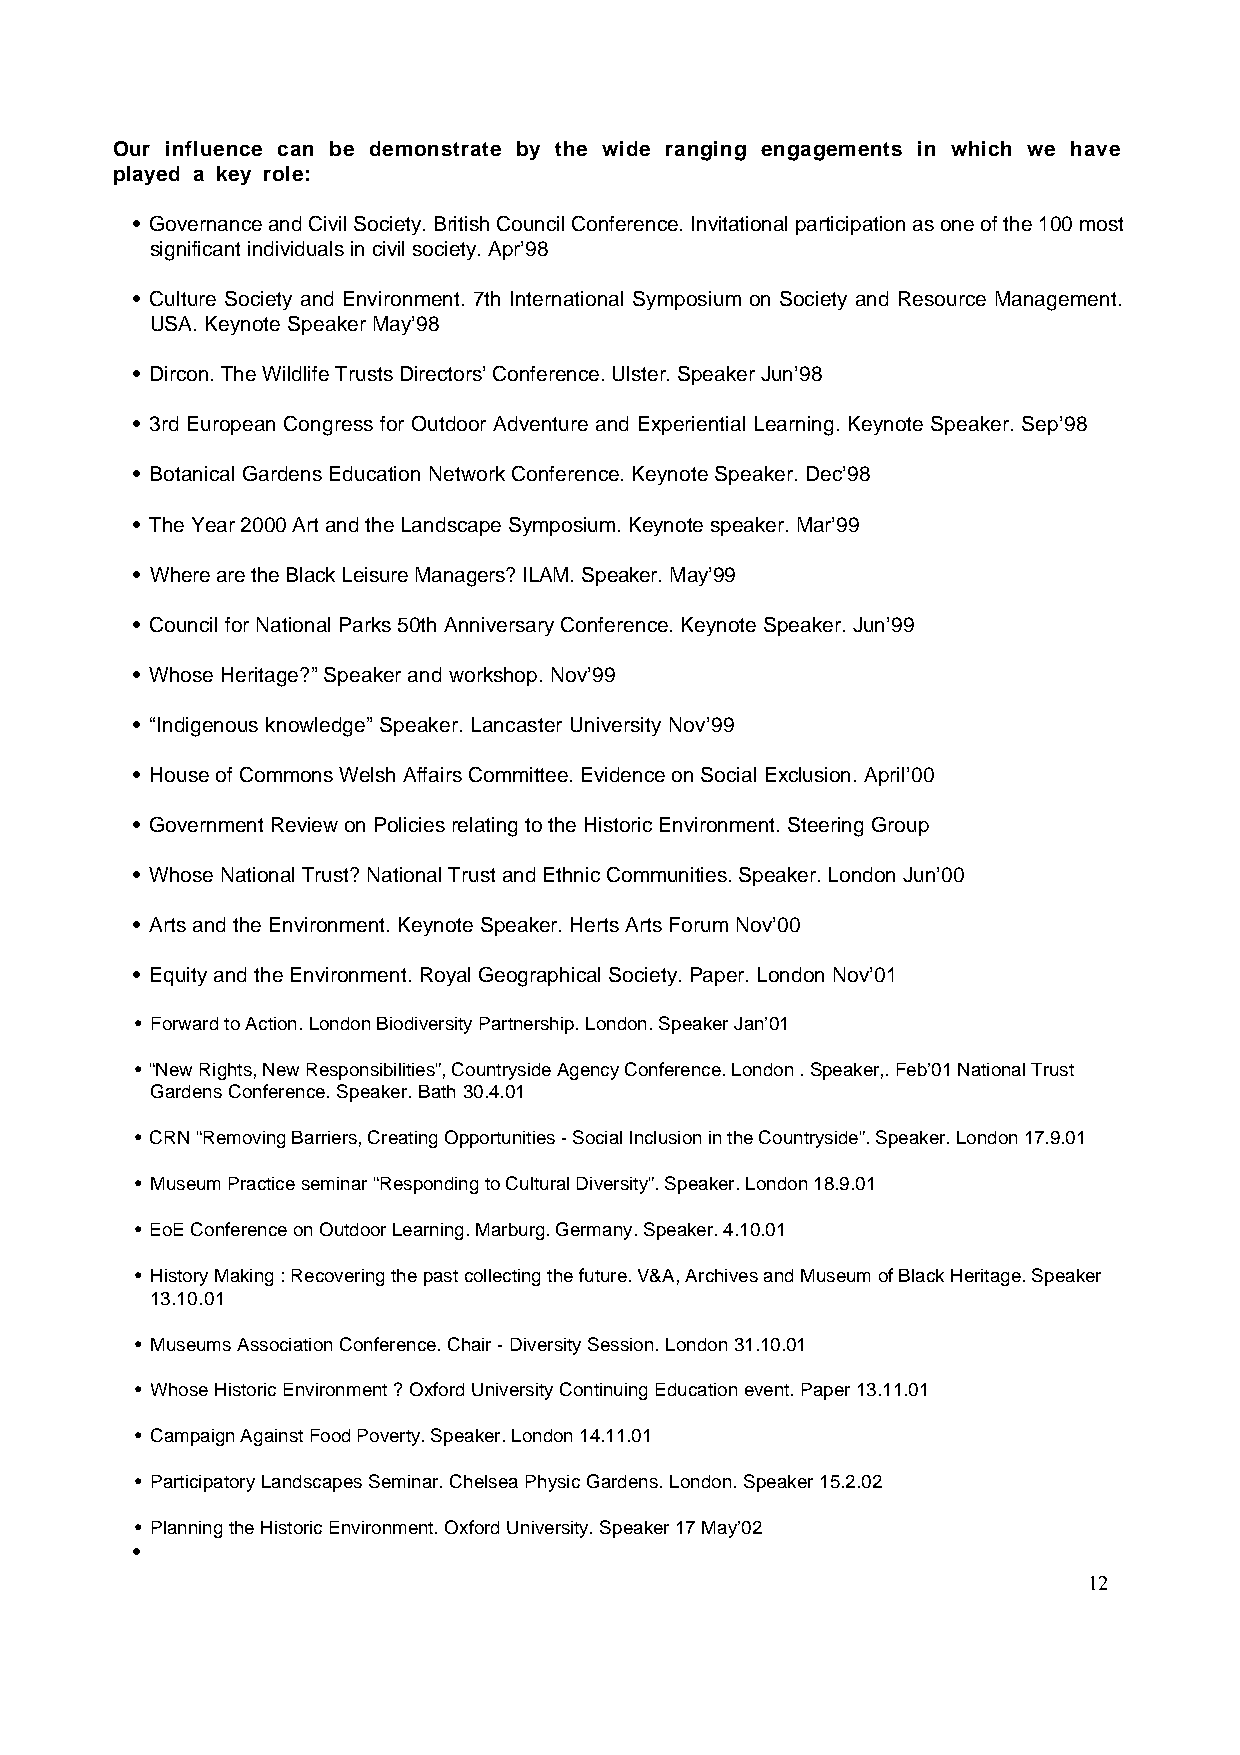
Our influence can be demonstrate by the wide ranging engagements in which we have
 played a key role:
 • Governance and Civil Society. British Council Conference. Invitational participation as one of the 100 most
 significant individuals in civil society. Apr’98
 • Culture Society and Environment. 7th International Symposium on Society and Resource Management.
 USA. Keynote Speaker May’98
 • Dircon. The Wildlife Trusts Directors’ Conference. Ulster. Speaker Jun’98
 • 3rd European Congress for Outdoor Adventure and Experiential Learning. Keynote Speaker. Sep’98
 • Botanical Gardens Education Network Conference. Keynote Speaker. Dec’98
 • The Year 2000 Art and the Landscape Symposium. Keynote speaker. Mar’99
 • Where are the Black Leisure Managers? ILAM. Speaker. May’99
 • Council for National Parks 50th Anniversary Conference. Keynote Speaker. Jun’99
 • Whose Heritage?” Speaker and workshop. Nov’99
 • “Indigenous knowledge” Speaker. Lancaster University Nov’99
 • House of Commons Welsh Affairs Committee. Evidence on Social Exclusion. April’00
 • Government Review on Policies relating to the Historic Environment. Steering Group
 • Whose National Trust? National Trust and Ethnic Communities. Speaker. London Jun’00
 • Arts and the Environment. Keynote Speaker. Herts Arts Forum Nov’00
 • Equity and the Environment. Royal Geographical Society. Paper. London Nov’01
 • Forward to Action. London Biodiversity Partnership. London. Speaker Jan’01
 • “New Rights, New Responsibilities”, Countryside Agency Conference. London . Speaker,. Feb’01 National Trust
 Gardens Conference. Speaker. Bath 30.4.01
 • CRN “Removing Barriers, Creating Opportunities - Social Inclusion in the Countryside”. Speaker. London 17.9.01
 • Museum Practice seminar “Responding to Cultural Diversity”. Speaker. London 18.9.01
 • EoE Conference on Outdoor Learning. Marburg. Germany. Speaker. 4.10.01
 • History Making : Recovering the past collecting the future. V&A, Archives and Museum of Black Heritage. Speaker
 13.10.01
 • Museums Association Conference. Chair - Diversity Session. London 31.10.01
 • Whose Historic Environment ? Oxford University Continuing Education event. Paper 13.11.01
 • Campaign Against Food Poverty. Speaker. London 14.11.01
 • Participatory Landscapes Seminar. Chelsea Physic Gardens. London. Speaker 15.2.02
 • Planning the Historic Environment. Oxford University. Speaker 17 May’02
 •
 12